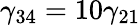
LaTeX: \gamma_{34}=10\gamma_{21}